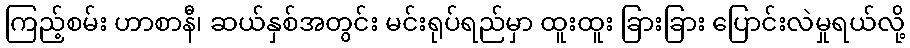
ကြည့်စမ်း ဟာစာနီ၊ ဆယ်နှစ်အတွင်း မင်းရုပ်ရည်မှာ ထူးထူး ခြားခြား ပြောင်းလဲမှုရယ်လို့